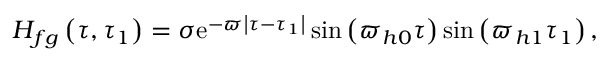
H _ { f g } \left( \tau , \tau _ { 1 } \right) = \sigma \mathrm { e } ^ { - \varpi \left| \tau - \tau _ { 1 } \right| } \sin \left( \varpi _ { h 0 } \tau \right) \sin \left( \varpi _ { h 1 } \tau _ { 1 } \right) ,